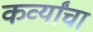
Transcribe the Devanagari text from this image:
कर्व्यांचा